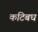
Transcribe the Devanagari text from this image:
कटिबध